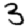
Digit: 3